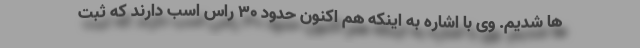
ها شدیم. وی با اشاره به اینکه هم اکنون حدود ۳۰ راس اسب دارند که ثبت